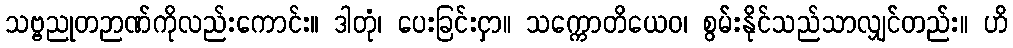
သဗ္ဗညုတဉာဏ်ကိုလည်းကောင်း။ ဒါတုံ၊ ပေးခြင်းငှာ။ သက္ကောတိယေဝ၊ စွမ်းနိုင်သည်သာလျှင်တည်း။ ဟိ